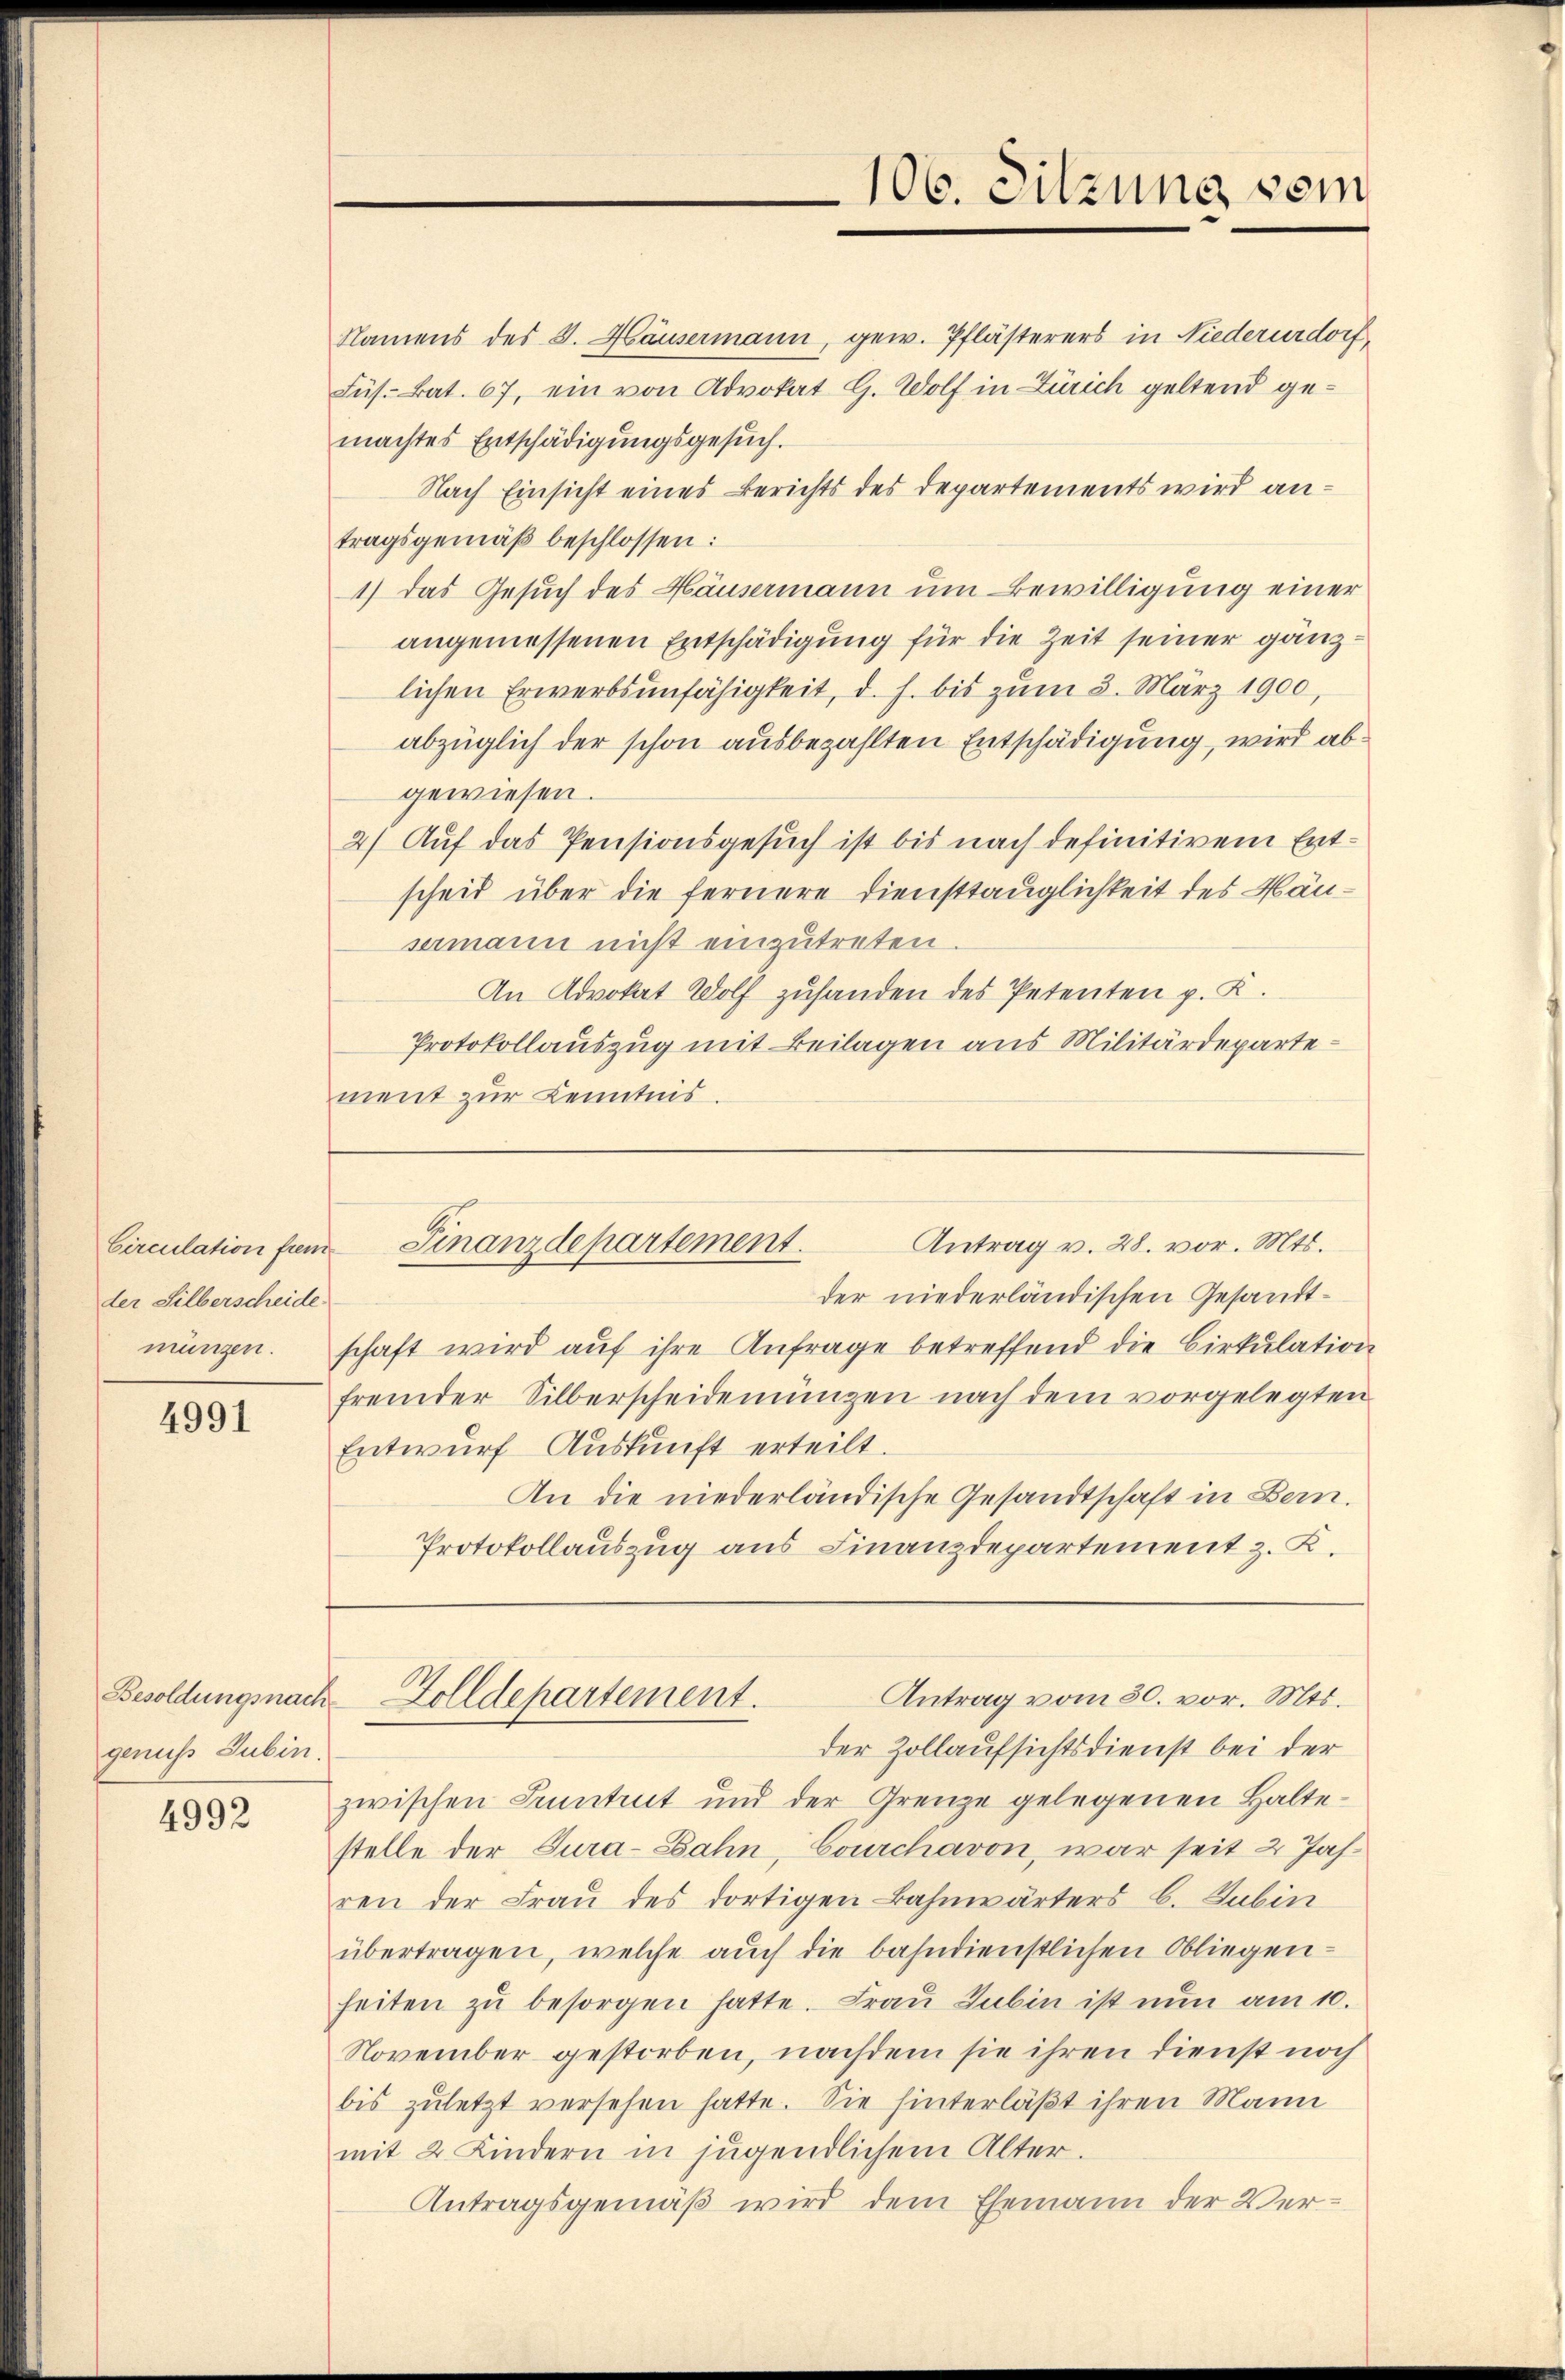
der Silberscheide
münzen.

4991

genuss Subin.

4992

Namens des S. Häusermann, gew. Pflästerers in Niederurdorf,
Füs. Bat. 67, ein von Advokat G. Wolf in Zürich geltend gemachtes Entschädigungsgesuch.
Nach Einsicht eines Berichts des Departements wird antragsgemäß beschlossen:
1) das Gesuch des Häusermann um Bewilligung einer
angemessenen Entschädigung für die Zeit seiner gänz
lichen Erwerbsunfähigkeit, d. h. bis zum 3. März 1900,
abzüglich der schon ausbezahlten Entschädigung, wird abgewiesen.
2) Auf das Pensionsgesuch ist bis nach definitivem Entscheid über die fernere Diensttauglichkeit des Mänsamann nicht einzutreten
An Advokat Wolf zuhanden des Petenten p. K.
Protokollauszug mit Beilagen aus Militärdepartement zur Kenntnis.

der niederländischen Gesandtschaft wird auf ihre Anfrage betreffend die Cirkulation
fremder Silberscheidenungen nach dem vorgelegten
Entwurf Auskunft erteilt.
An die niederländische Gesandtschaft in Bern.
Protokollauszug aus Finanzdepartement z. K.

106. Sitzung vom

Antrag v. 28. vor. Mts.
Circulation für Finanzdepartement.

der Zollaufsichtsdienst bei der
zwischen Kenntnit und der Grenze gelegenen Haltestelle der Tura-Bahn, Courchavon, war seit 2 Jahren der Frau des dortigen Bahnwärters b. Gubin
übertragen, welche auch die bahndienstlichen Obliegen-
heiten zŭ besorgen hatte. Fraŭ Zubin ist nun am 10.
November gestorben, nachdem sie ihren dienst noch
bis zuletzt versehen hatte. Sie hinterläßt ihren Mann
mit 2 Kindern in jugendlichem Alter.
Antragsgemäß wird dem Ehemann der Ver¬

Antrag vom 30. vor. Mts.
Besoldungsnach Zolldepartement.